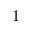
1